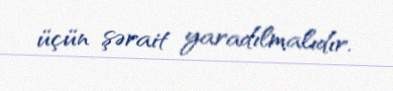
üçün şərait yaradılmalıdır.